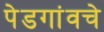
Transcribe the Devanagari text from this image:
पेडगांवचे